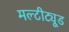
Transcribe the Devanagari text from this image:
मल्टीट्यूड